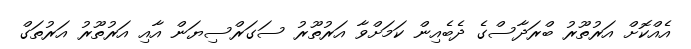
އެއްކޮށް އަރުތޫރު ބްރަދާސްގެ ދެބެއިން ކަމަށްވާ އަރުތޫރު ސަގަރްސިޔަން އާއި އަރުތޫރު އަރުތަގް